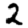
Digit: 2